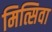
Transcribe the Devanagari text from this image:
मित्सिवा